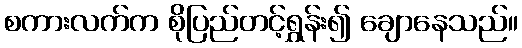
စကားလက်က စိုပြည်တင့်ရွှန်း၍ ချောနေသည်။